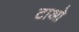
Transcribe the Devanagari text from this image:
टाओ